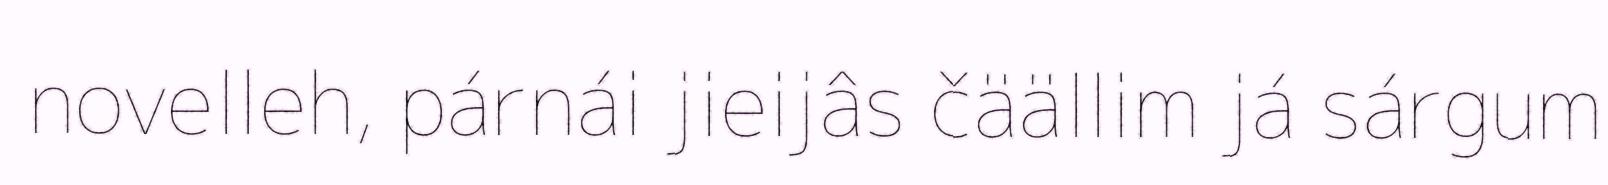
novelleh, párnái jieijâs čäällim já sárgum